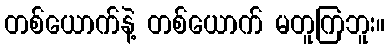
တစ်ယောက်နဲ့ တစ်ယောက် မတူကြဘူး။